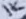
Text: 1K